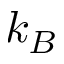
k _ { B }